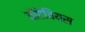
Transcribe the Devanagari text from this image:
वोंटेवियस